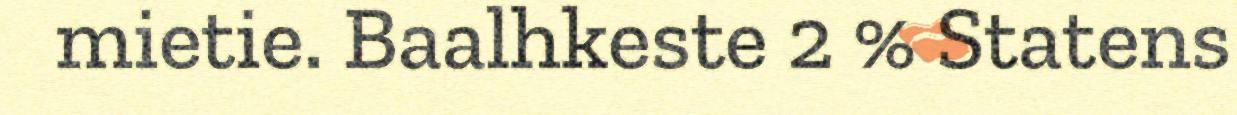
mietie. Baalhkeste 2 % Statens